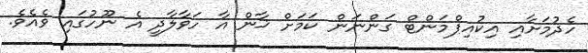
ހެދުމަށާއި އިކުއިޕްމަންޓް ގަންނަން ކަމަށް ޚާން އާ ހަވާލާދީ އެ ނޫހުގައި ވެއެވެ.